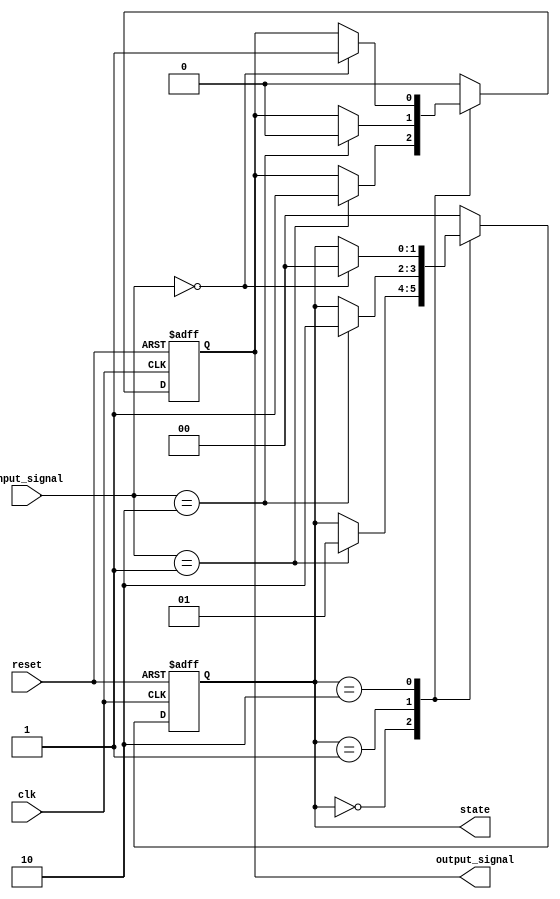
module negative_edge_sensitive (
    input wire clk,          // Clock signal
    input wire reset,        // Asynchronous reset signal
    input wire [1:0] input_signal, // Input signals that influence behavior
    output reg [1:0] state,  // Current state of the state machine
    output reg output_signal  // Output signal based on state
);

// State encoding
parameter STATE_0 = 2'b00;
parameter STATE_1 = 2'b01;
parameter STATE_2 = 2'b10;

// Initial state
initial begin
    state = STATE_0;        // Set initial state
    output_signal = 1'b0;   // Initialize output signal
end

// Negative edge sensitive block
always @(negedge clk or posedge reset) begin
    if (reset) begin
        // Asynchronous reset
        state <= STATE_0;    // Reset to initial state
        output_signal <= 1'b0; // Reset output
    end else begin
        // State transition logic
        case (state)
            STATE_0: begin
                if (input_signal == 2'b01) begin
                    state <= STATE_1; // Transition to STATE_1
                    output_signal <= 1'b1; // Update output
                end
            end
            STATE_1: begin
                if (input_signal == 2'b10) begin
                    state <= STATE_2; // Transition to STATE_2
                    output_signal <= 1'b0; // Update output
                end
            end
            STATE_2: begin
                if (input_signal == 2'b00) begin
                    state <= STATE_0; // Transition back to STATE_0
                    output_signal <= 1'b1; // Update output
                end
            end
            default: begin
                state <= STATE_0; // Default case to prevent latches
                output_signal <= 1'b0;
            end
        endcase
    end
end

endmodule